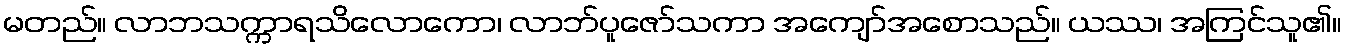
မတည်။ လာဘသက္ကာရသိလောကော၊ လာဘ်ပူဇော်သကာ အကျော်အစောသည်။ ယဿ၊ အကြင်သူ၏။